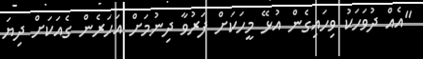
"އެއް ދުވަހަކު ވިހައިގެން އުޅޭ މީހަކަށް ފަރުވާ ދިނުމަށް އަހަރެން ގެއަކަށް ދިޔަ